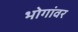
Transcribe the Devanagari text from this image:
भोगांवर